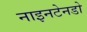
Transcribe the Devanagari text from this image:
नाइनटेनडो